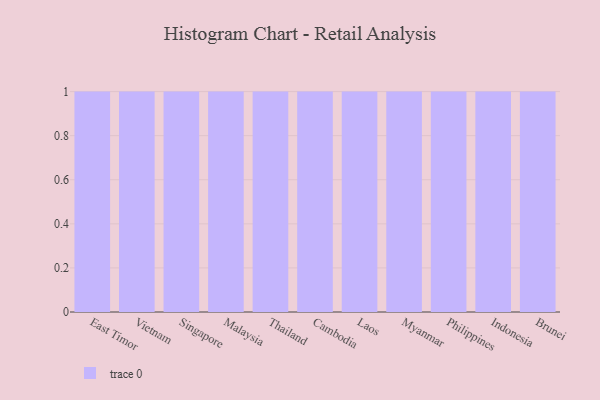
{"axis": {"x": "Country", "y": "Revenue (USD Million)"}, "legend": [""], "data": [{"x": "East Timor", "y": 74, "type": ""}, {"x": "Vietnam", "y": 13, "type": ""}, {"x": "Singapore", "y": 37, "type": ""}, {"x": "Malaysia", "y": 30, "type": ""}, {"x": "Thailand", "y": 63, "type": ""}, {"x": "Cambodia", "y": 33, "type": ""}, {"x": "Laos", "y": 96, "type": ""}, {"x": "Myanmar", "y": 62, "type": ""}, {"x": "Philippines", "y": 36, "type": ""}, {"x": "Indonesia", "y": 39, "type": ""}, {"x": "Brunei", "y": 13, "type": ""}]}